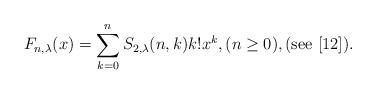
LaTeX: \begin{align*}F_{n,\lambda}(x)=\sum_{k=0}^{n}S_{2,\lambda}(n,k)k!x^{k},(n\ge 0),(\mathrm{see}\ [12]).\end{align*}